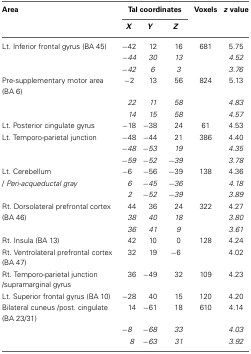
| Area | <COLSPAN=3> Tal coordinates | Voxels | z value |
 |  | X | Y | Z |  |  |
 | --- | --- | --- | --- | --- | --- |
 | Lt. Inferior frontal gyrus (BA 45) | −42 | 12 | 16 | 681 | 5.75 |
 |  | −44 | 30 | 13 |  | 4.52 |
 |  | −42 | 6 | 3 |  | 3.76 |
 | Pre-supplementary motor area (BA 6) | −2 | 13 | 56 | 824 | 5.13 |
 |  | 22 | 11 | 58 |  | 4.83 |
 |  | 14 | 15 | 58 |  | 4.57 |
 | Lt. Posterior cingulate gyrus | −18 | −38 | 24 | 61 | 4.53 |
 | Lt. Temporo-parietal junction | −48 | −44 | 21 | 386 | 4.40 |
 |  | −48 | −53 | 19 |  | 4.35 |
 |  | −59 | −52 | −39 |  | 3.78 |
 | Lt. Cerebellum | −6 | −56 | −39 | 138 | 4.36 |
 | / Peri-acqueductal gray | 6 | −45 | −36 |  | 4.18 |
 |  | 2 | −52 | −39 |  | 3.89 |
 | Rt. Dorsolateral prefrontal cortex | 44 | 36 | 24 | 322 | 4.27 |
 | (BA 46) | 38 | 40 | 18 |  | 3.80 |
 |  | 36 | 41 | 9 |  | 3.61 |
 | Rt. Insula (BA 13) | 42 | 10 | 0 | 128 | 4.24 |
 | Rt. Ventrolateral prefrontal cortex (BA 47) | 32 | 19 | −6 |  | 4.02 |
 | Rt. Temporo-parietal junction /supramarginal gyrus | 36 | −49 | 32 | 109 | 4.23 |
 | Lt. Superior frontal gyrus (BA 10) | −28 | 40 | 15 | 120 | 4.20 |
 | Bilateral cuneus /post. cingulate (BA 23/31) | 14 | −61 | 18 | 610 | 4.14 |
 |  | −8 | −68 | 33 |  | 4.03 |
 |  | 8 | −63 | 31 |  | 3.92 |